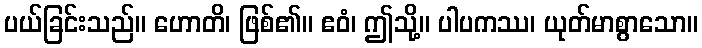
ပယ်ခြင်းသည်။ ဟောတိ၊ ဖြစ်၏။ ဧဝံ၊ ဤသို့။ ပါပကဿ၊ ယုတ်မာစွာသော။